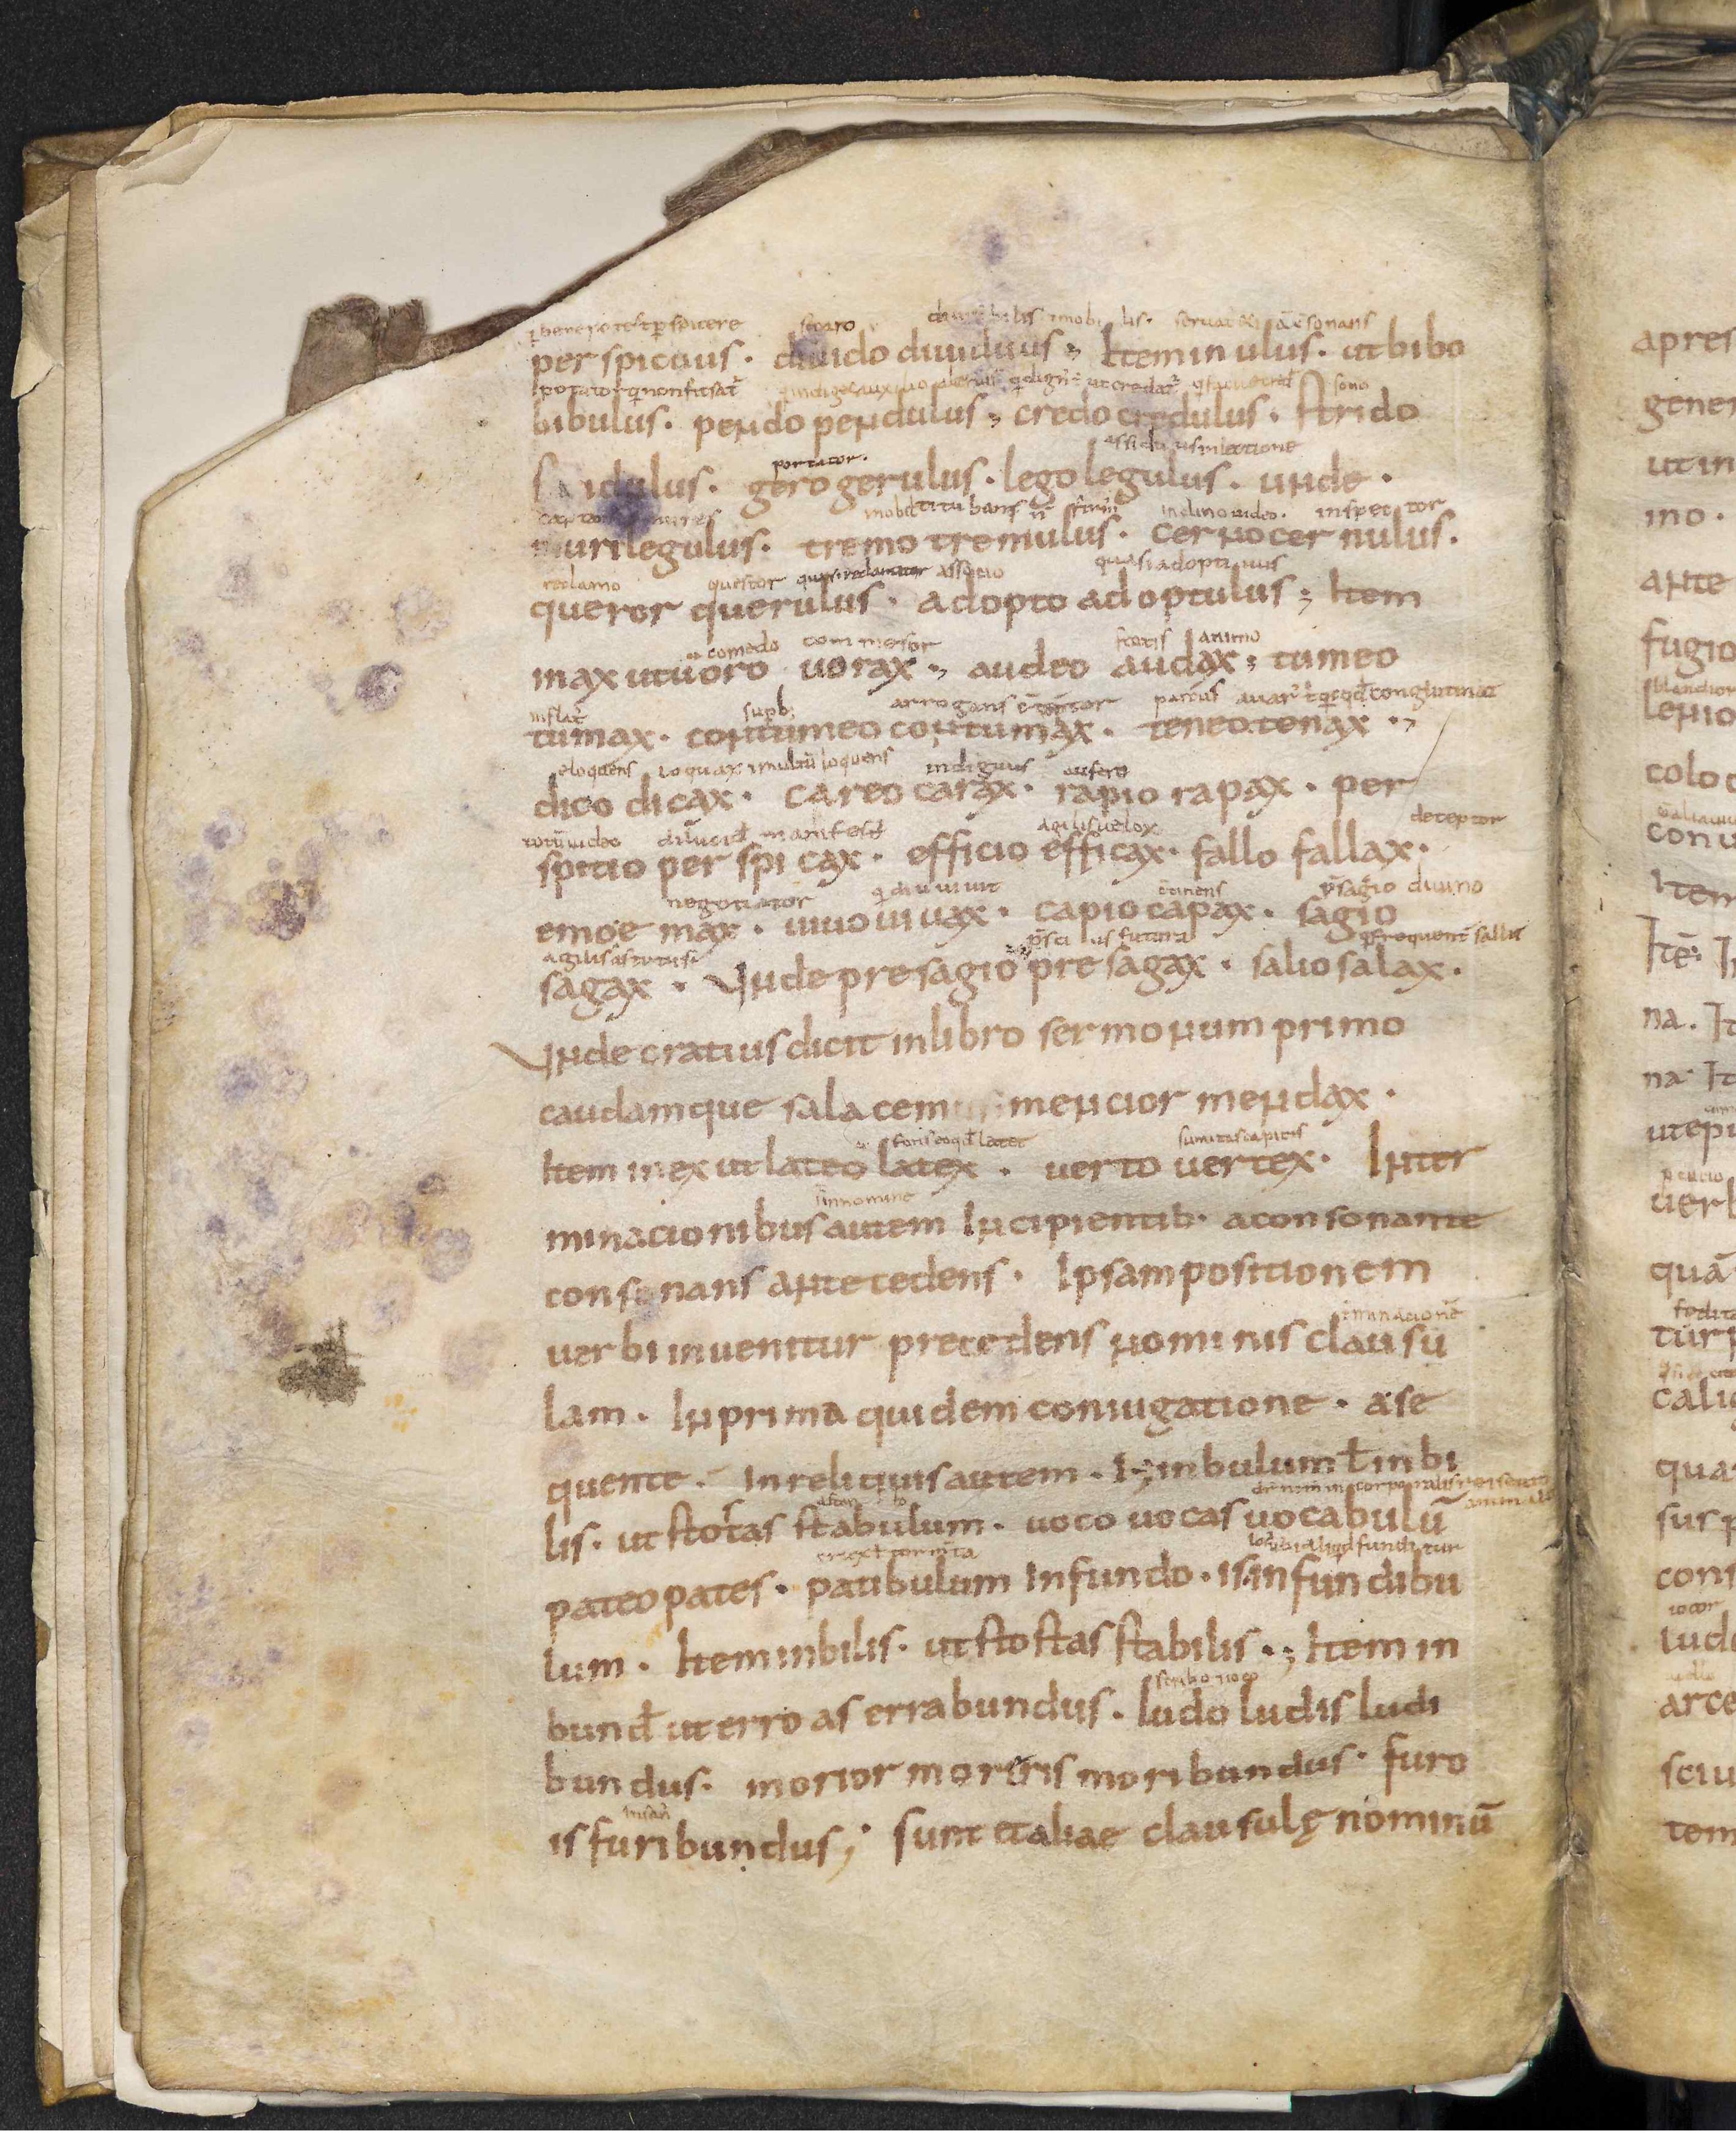
Shelfmark: Leiden, Bibliotheek der Rijksuniversiteit, Voss. Lat. O 41
Century: 9